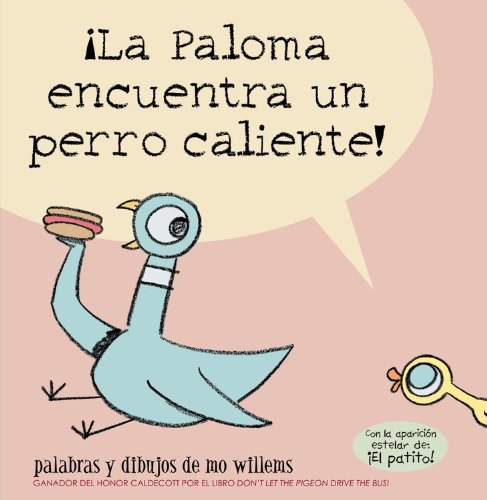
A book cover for Â¡La Paloma encuentra un perro caliente! (Spanish Edition); Mo Willems; Children's Books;